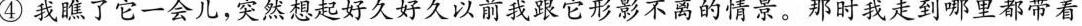
④我瞧了它一会儿，突然想起好久好久以前我跟它形影不离的情景。那时我走到哪里都带着